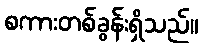
စကားတစ်ခွန်းရှိသည်။